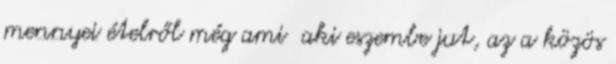
mennyei ételről még ami aki eszembe jut, az a közös